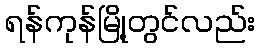
ရန်ကုန်မြို့တွင်လည်း